system: You are a helpful assistant.
user:
Analyze the provided spectrum to determine if it is a **"Cataclysmic Variables (CV)"**.

- **Key Indicators for CV (Check for either state):**
    - **State 1: Quiescent / Low-State (Emission-Dominated)**
        - **(Primary):** Strong and *very broad* Hydrogen Balmer emission lines (e.g., $H\alpha$ at 6563 Å, $H\beta$ at 4861 Å). The 'broadness' (high velocity dispersion, often FWHM > 1000 km/s) is the key diagnostic, indicating a high-velocity accretion disk.
        - **(Secondary):** Broad neutral Helium (He I) emission lines (e.g., 5876 Å, 6678 Å).
        - **(Key Confirmation):** Presence of high-excitation *ionized* Helium (He II) emission at 4686 Å. This is a strong indicator of accretion onto a white dwarf.
        - **(Line Profile):** Emission lines may exhibit a 'double-peaked' profile, which is a classic signature of a rotating accretion disk viewed at high inclination.

    - **State 2: Outburst / High-State (Absorption-Dominated)**
        - **(Primary):** Spectrum is dominated by a bright, blue continuum (looks like a hot star).
        - **(Secondary):** The emission lines from State 1 are weak, absent, or 'filled in', and are replaced by broad, shallow *absorption* lines (primarily Balmer and He I).
        - **(Morphology):** The overall spectrum mimics a hot B/A-type star. The crucial difference is that the absorption lines are significantly broader, shallower, and more 'washed-out' (or 'smeared') than the sharp lines of a normal stellar photosphere, due to high rotational speeds and pressure broadening in the disk.

Think first, call **spectral_visualization_tool** if needed to examine features in detail, then provide your final answer. Your response must adhere to the following strict rules:
1.  **Overall Structure:** Your response must follow the format `<think>...</think> <tool_call>...</tool_call> (if a tool is used) <answer>...</answer>`.
2.  **Tool Usage Constraint:** You may only make **one** tool call per turn.
3.  **Final Answer Format:** In the `<answer>` tag, your conclusion must be inside a `\boxed{}` command (e.g., `\boxed{YES}`), followed by your justification.

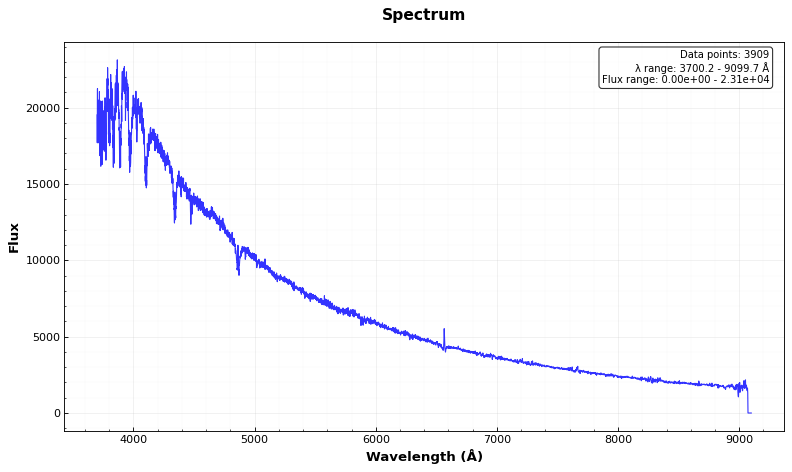
Answer: YES